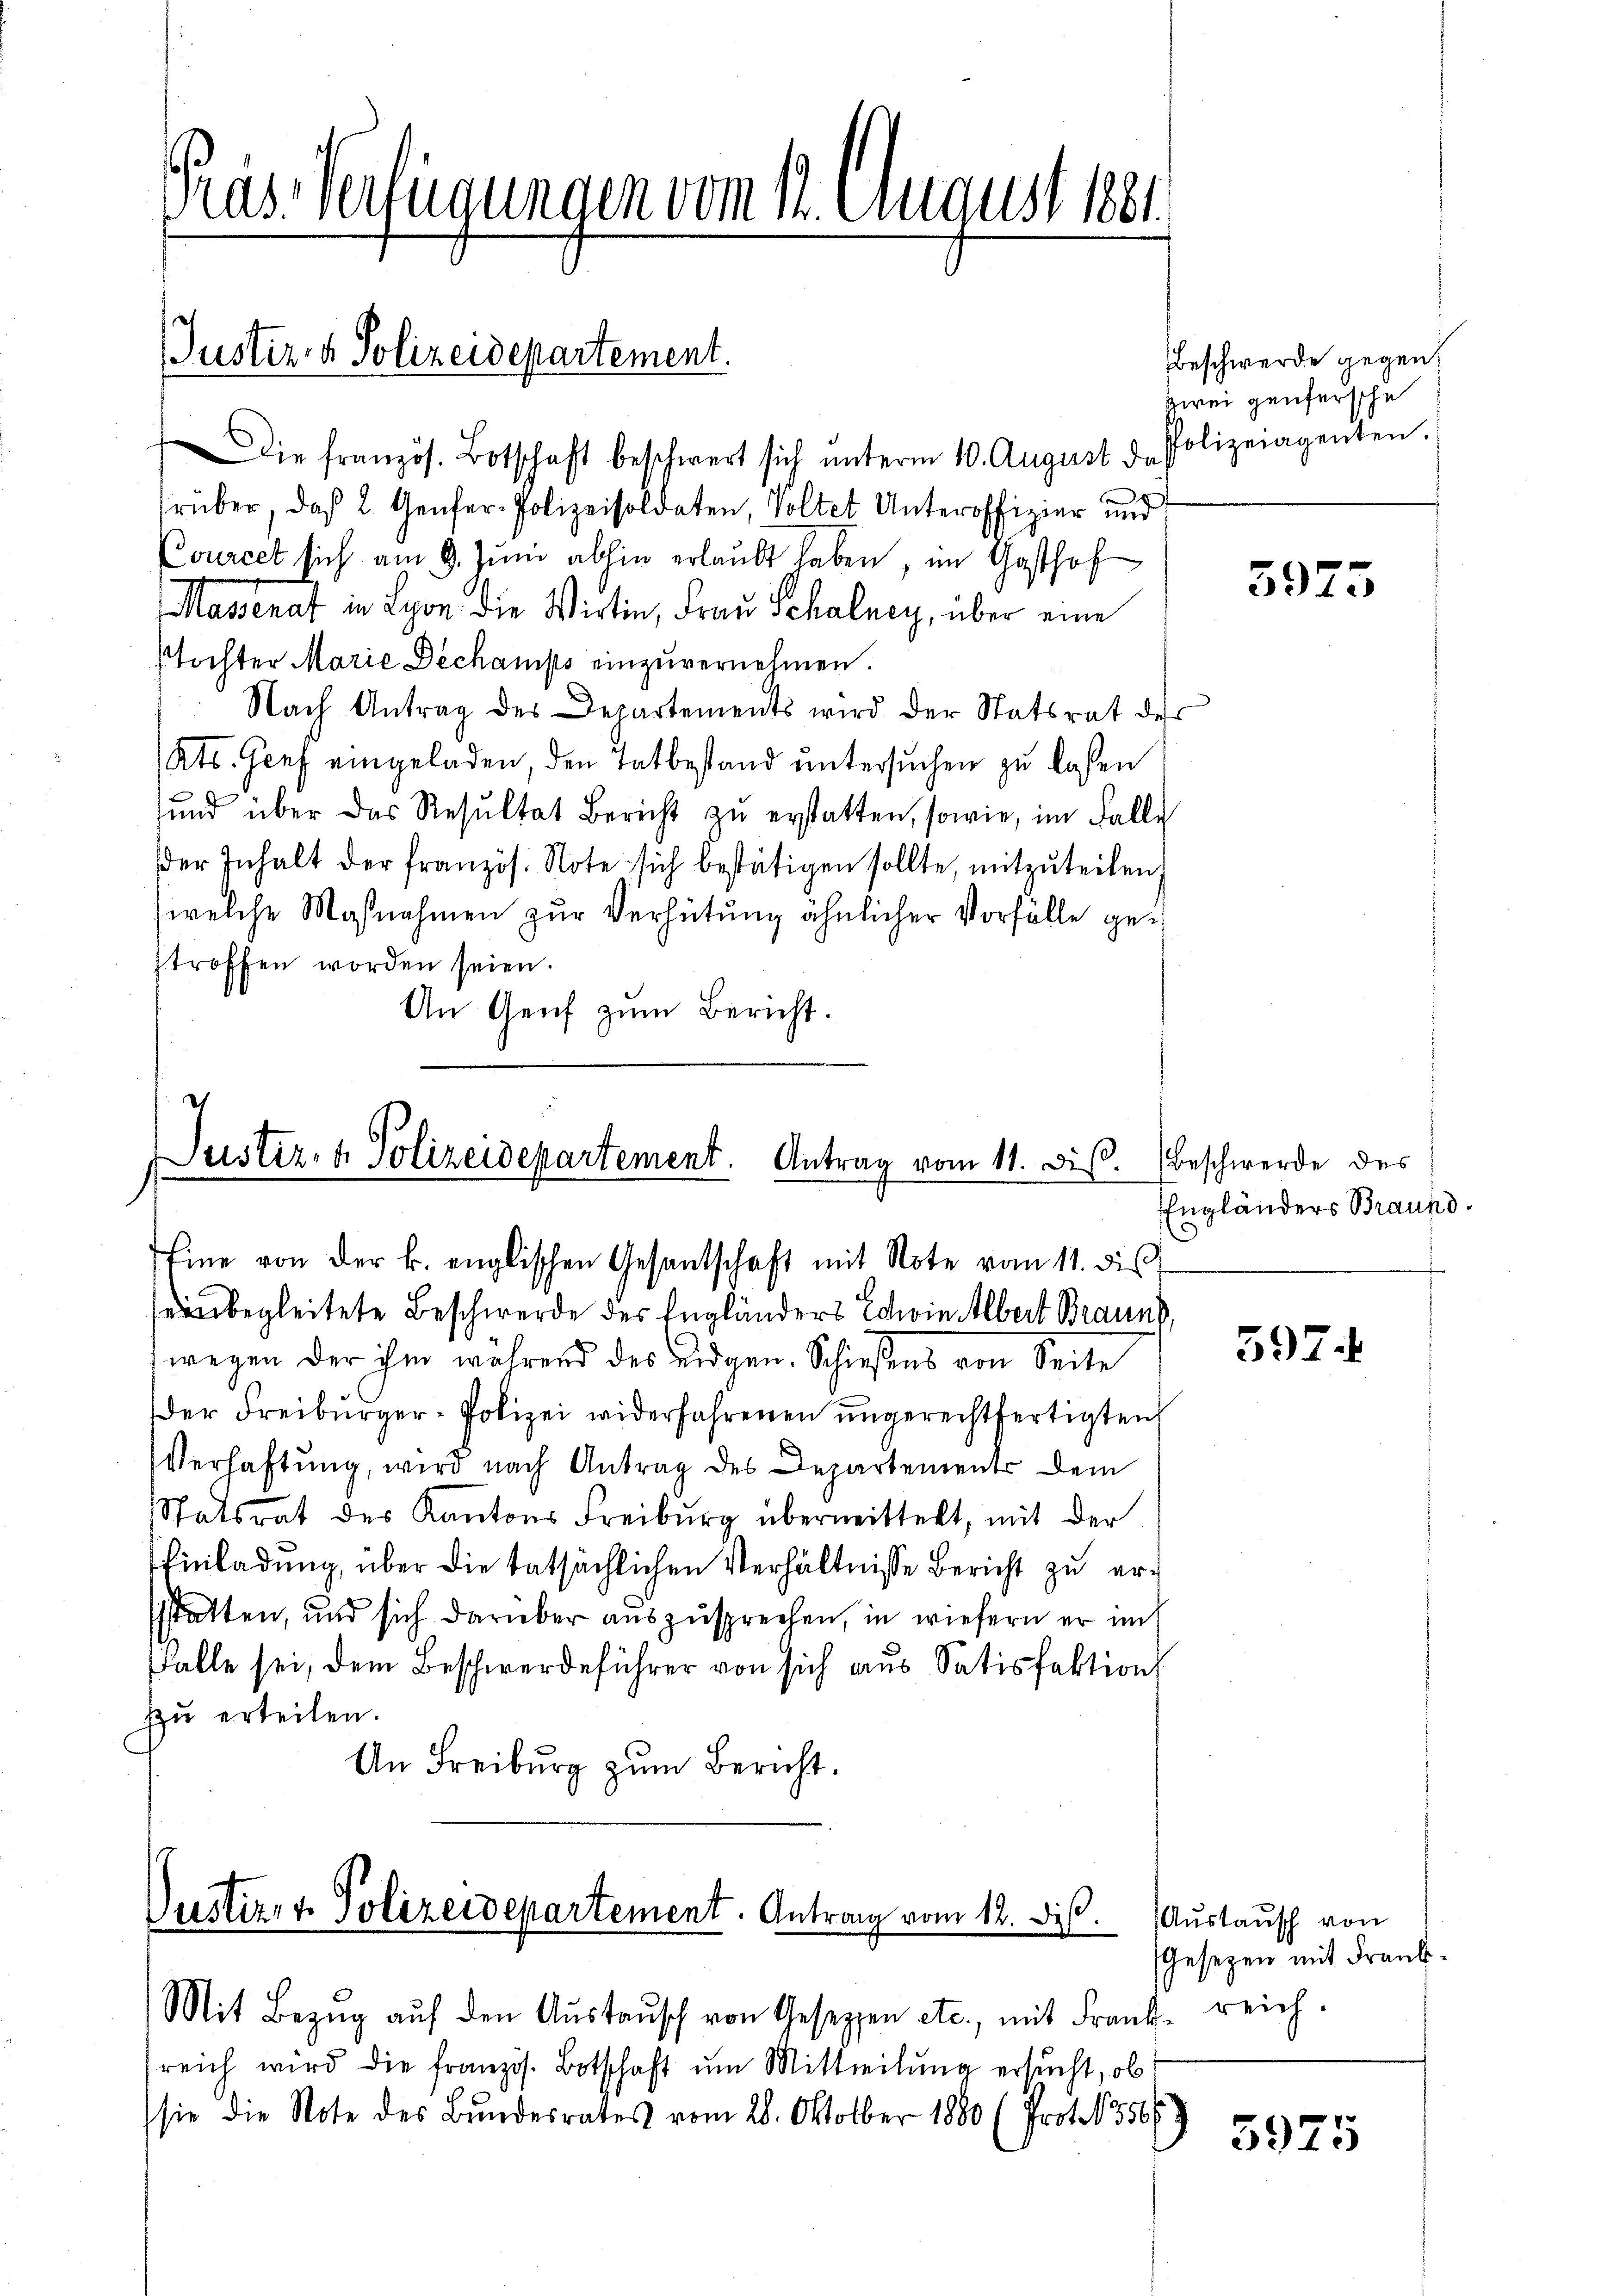
Gras Verfügungen vom 12. August 1881

Die französ. Botschaft beschwert sich ŭnterm 10. August d. Polizeiagenten.
rüber, daß 2 Genfer-Polizeisoldaten, Volter Unteroffizier und
Courcet sich am 9. Juni abhin erlaubt haben, im Gasthof
Massenat in Lyon die Wirtin, Frau Schalney, über eine
stochter Marie Dechamps einzuvernehmen.
Nach Antrag des Departements wird der Statsrat der
Ats. Genf eingeladen, den Tatbestand untersuchen zu laßen
sund über das Resŭltat Bericht zŭ erstatten, sowie, im Falle
er Inhalt der französ. Note sich bestätigen sollte, mitzŭteilen,
welche Maßnahmen zur Verhütung ähnlicher Vorfälle gestroffen worden seien.
An Genf zum Bericht.

Justiz & Polizeidepartement.

d
Justiz- & Polizeidepartement. Antrag vom 11. Diß.
Eine von der k. englischen Gesantschaft mit Note vom 11. dis

Dustiz- & Polizeidepartement. Antrag vom 12. Dis. (Austausch von
Mit Bezŭg aŭf den Aŭstaŭsch von Gesezzen etc., mit Frank reich.

einbegleitete Beschwerde des Engländers Schin Albert Brauns,
wegen der ihm während des eidgen. Schießens von Seite
Der Freiburger-Polizei widerfahrenen ungerechtfertigten
Verhaftung, wird nach Antrag des Departement dem
Statsrat des Kantons Freiburg übermittelt, mit der
Einladung, über die tatsächlichen Verhältnisse Bericht zu erssstatten, und sich darüber auszusprechen, in wiefern er im
Falle sei, dem Beschwerdeführer von sich aus Satisfaktion
zŭ erteilen.
An Freiburg zum Bericht.

reich wird die französ. Botschaft um Mittheilung ersucht, ob
sie die Note des Bŭndesrates vom 28. Oktober 1880 (Prot. 15569

Beschwerde gegen.
zwei genfersche

3975

Beschwerde des
Engländers Braund.

597.

Gesetzen mit Frank¬

5975